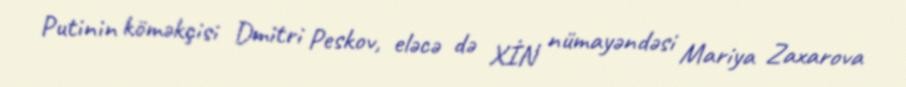
Putinin köməkçisi Dmitri Peskov, eləcə də XİN nümayəndəsi Mariya Zaxarova